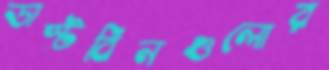
ডাস্টবিনগুলোর